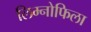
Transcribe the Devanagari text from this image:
लिम्नोफिला